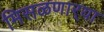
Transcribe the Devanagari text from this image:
मिसळणार्‍या